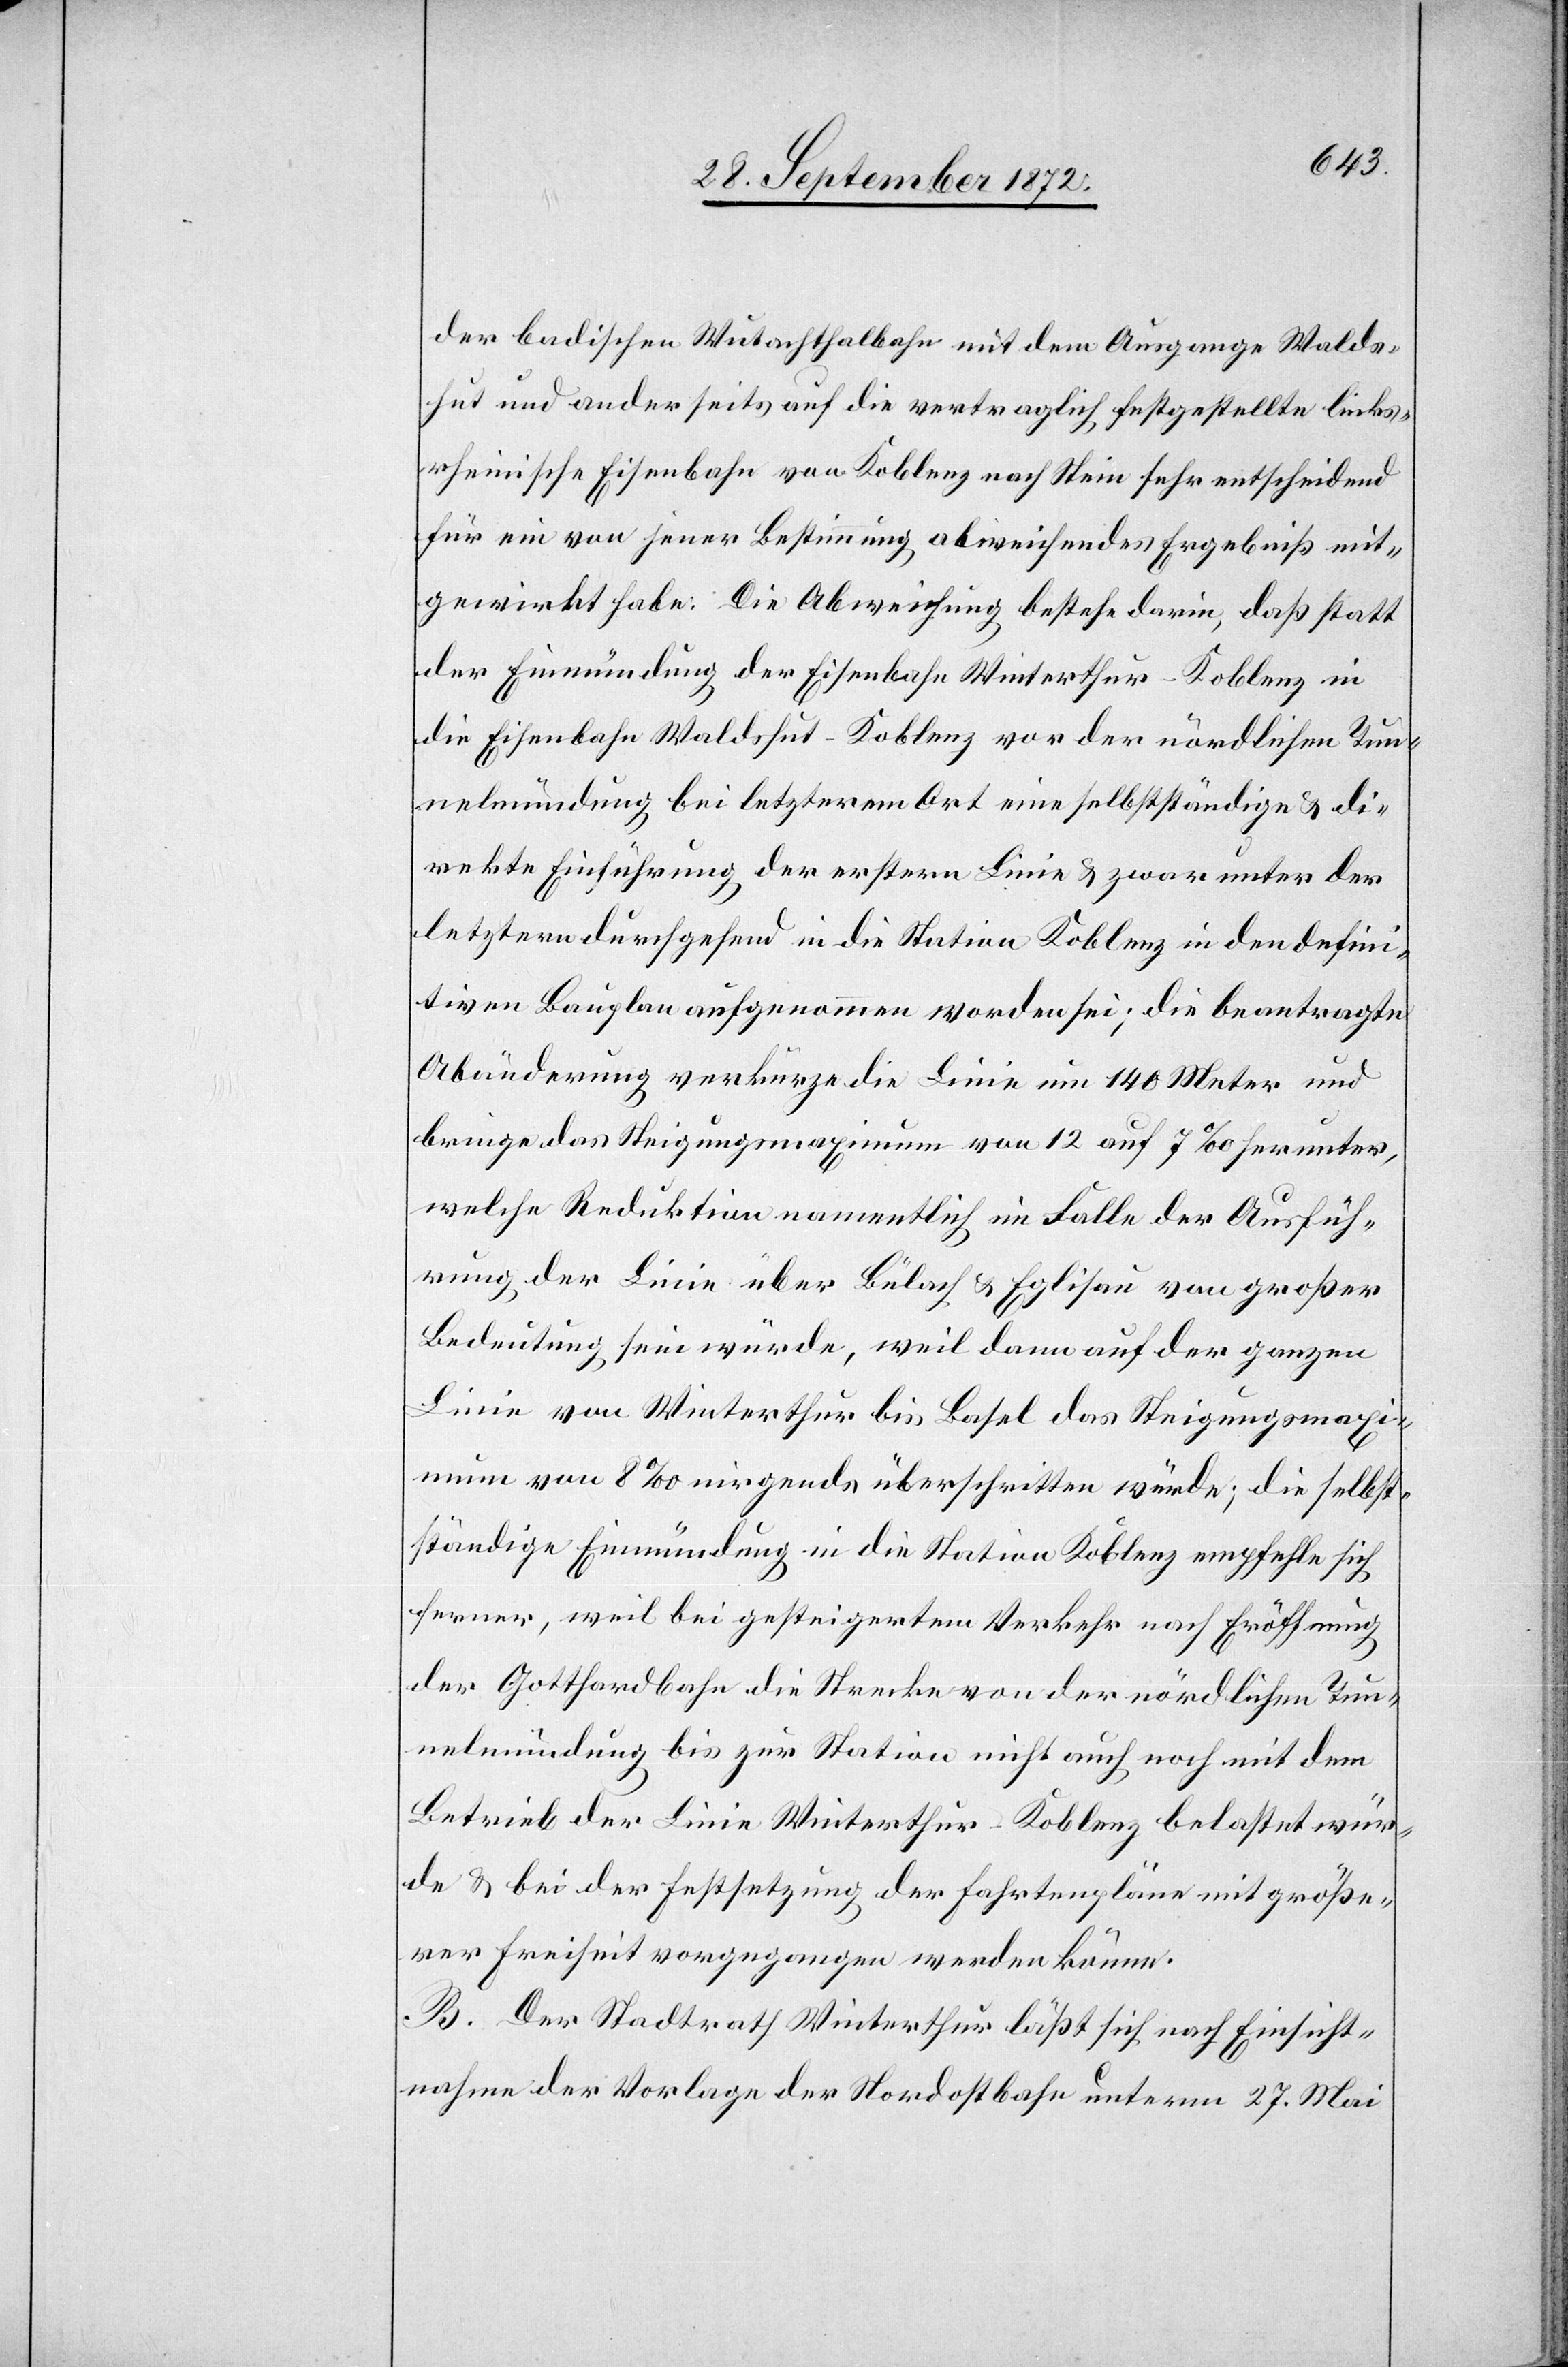
der badischen Wutachthalbahn mit dem Ausgange Walds¬
hut und anderseits auf die vertraglich festgestellte links¬
rheinische Eisenbahn von Koblenz nach Stein sehr entscheidend
für ein von jener Bestimmung abweichendes Ergebniß mit¬
gewirkt habe. Die Abweichung bestehe darin, daß statt
der Einmündung der Eisenbahn Winterthur–Koblenz in
die Eisenbahn Waldshut–Koblenz vor der nördlichen Tun¬
nelmündung bei letzterem Ort eine selbstständige u. di¬
rekte Einführung der erstern Linie u. zwar unter der
letztern durchgehend in die Station Koblenz in den defini¬
tiven Bauplan aufgenommen worden sei; die beantragte
Abänderung verkürze die Linie um 140 Meter und
bringe das Steigungsmaximum von 12 auf 7‰ herunter,
welche Reduktion namentlich im Falle der Ausfüh¬
rung der Linie über Bülach u. Eglisau von großer
Bedeutung sein würde, weil dann auf der ganzen
Linie von Winterthur bis Basel das Steigungsmaxi¬
mum von 8‰ nirgends überschritten würde; die selbst¬
ständige Einmündung in die Station Koblenz empfehle sich
ferner, weil bei gesteigertem Verkehr nach Eröffnung
der Gotthardbahn die Strecke von der nördlichen Tun¬
nelmündung bis zur Station nicht auch noch mit dem
Betrieb der Linie Winterthur–Koblenz belastet wür¬
de u. bei der Festsetzung der Fahrtenpläne mit größe¬
rer Freiheit vorgegangen werden könne.
B. Der Stadtrath Winterthur läßt sich nach Einsicht¬
nahme der Vorlage der Nordostbahn unterm 27. Mai